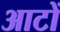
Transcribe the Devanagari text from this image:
आटों